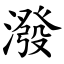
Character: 潑